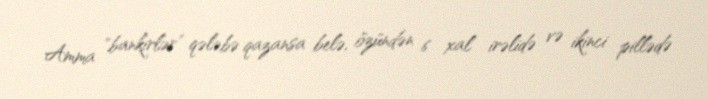
Amma "bankirlər" qələbə qazansa belə, özündən 6 xal irəlidə və ikinci pillədə